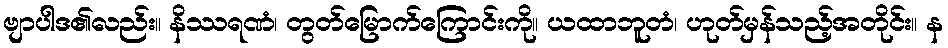
ဗျာပါဒ၏လည်း။ နိဿရဏံ၊ တွတ်မြောက်ကြောင်းကို။ ယထာဘူတံ၊ ဟုတ်မှန်သည့်အတိုင်း။ န